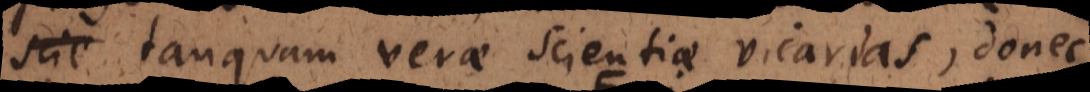
tanquam verae scientiae vicarias, donec